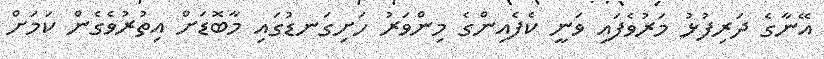
އޭނާގެ ދަރިފުޅު މަރުވެފައި ވަނީ ކެފެއިންގެ މިންވަރު ހަށިގަނޑުގައި މާބޮޑަށް އިތުރުވެގެން ކަމަށް